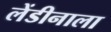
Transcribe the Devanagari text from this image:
लेंडीनाला